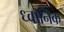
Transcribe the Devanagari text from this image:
ध्‍वानिक